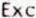
EXC